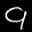
Label: 9